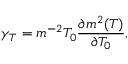
\gamma _ { T } = m ^ { - 2 } T _ { 0 } \frac { \partial m ^ { 2 } ( T ) } { \partial T _ { 0 } } ,